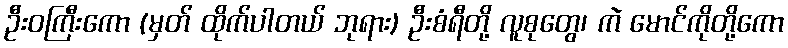
ဦးဝကြီးကော (မှတ် ထိုက်ပါတယ် ဘုရား) ဦးစံရီတို့ လူစုတွေ၊ ကဲ မောင်ကိုတို့ကော